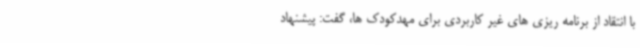
با انتقاد از برنامه ریزی های غیر کاربردی برای مهدکودک ها، گفت: پیشنهاد